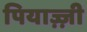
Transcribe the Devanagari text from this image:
पियाज़्ज़ी